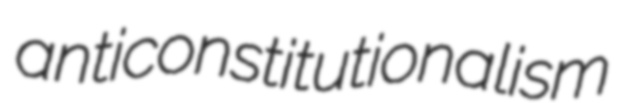
anticonstitutionalism